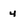
Character: 4